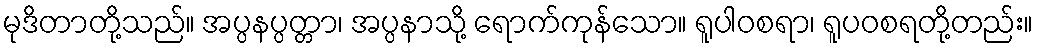
မုဒိတာတို့သည်။ အပ္ပနပ္ပတ္တာ၊ အပ္ပနာသို့ ရောက်ကုန်သော။ ရူပါဝစရာ၊ ရူပဝစရတို့တည်း။